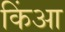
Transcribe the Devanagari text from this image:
किंआ